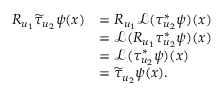
\begin{array} { r l } { R _ { u _ { 1 } } \widetilde { \tau } _ { u _ { 2 } } \psi ( x ) } & { = R _ { u _ { 1 } } \mathcal { L } ( \tau _ { u _ { 2 } } ^ { * } \psi ) ( x ) } \\ & { = \mathcal { L } ( R _ { u _ { 1 } } \tau _ { u _ { 2 } } ^ { * } \psi ) ( x ) } \\ & { = \mathcal { L } ( \tau _ { u _ { 2 } } ^ { * } \psi ) ( x ) } \\ & { = \widetilde { \tau } _ { u _ { 2 } } \psi ( x ) . } \end{array}